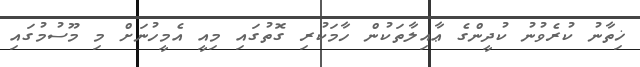
ޚިތާނު ކުރެވުނު ކުދީންގެ ޢާއިލާތަކުން ހާމަކުރި ގޮތުގައި މިއީ އެމީހުނަށް މި މޫސުމުގައި